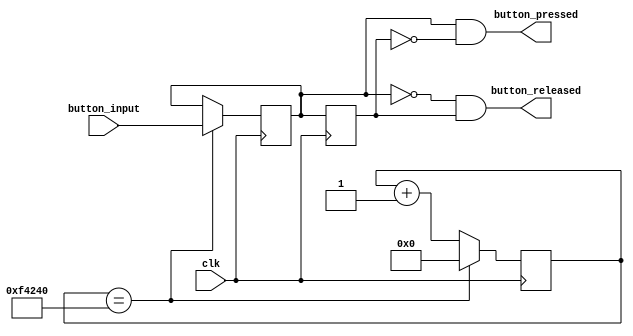
`timescale 1ns / 1ps

module button_scanner(
  input clk,
  input button_input,
  output button_pressed,
  output button_released
);

reg button_snapshot;
reg button_snapshot_buffer;
reg [19:0] counter;

wire counter_rising;

always @(posedge clk) begin
  if (counter == 20'b1111_0100_0010_0100_0000) begin
    counter <= 0;
    button_snapshot <= button_input;
  end else counter <= counter + 1;
end

always @(posedge clk) button_snapshot_buffer <= button_snapshot;

assign button_pressed = button_snapshot & (~button_snapshot_buffer);
assign button_released = (~button_snapshot) & button_snapshot_buffer;

endmodule